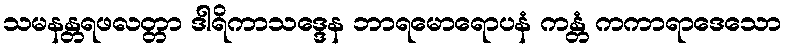
သမနန္တရဖလတ္တာ ဒါရိကာသဒ္ဒေန ဘာရမောရောပနံ ကန္တံ ကကာရာဒေသော